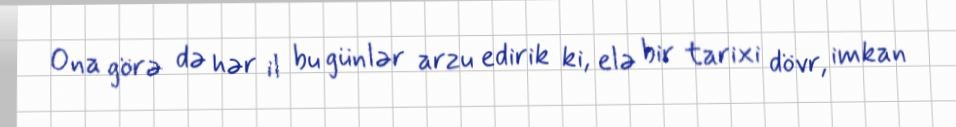
Ona görə də hər il bu günlər arzu edirik ki, elə bir tarixi dövr, imkan